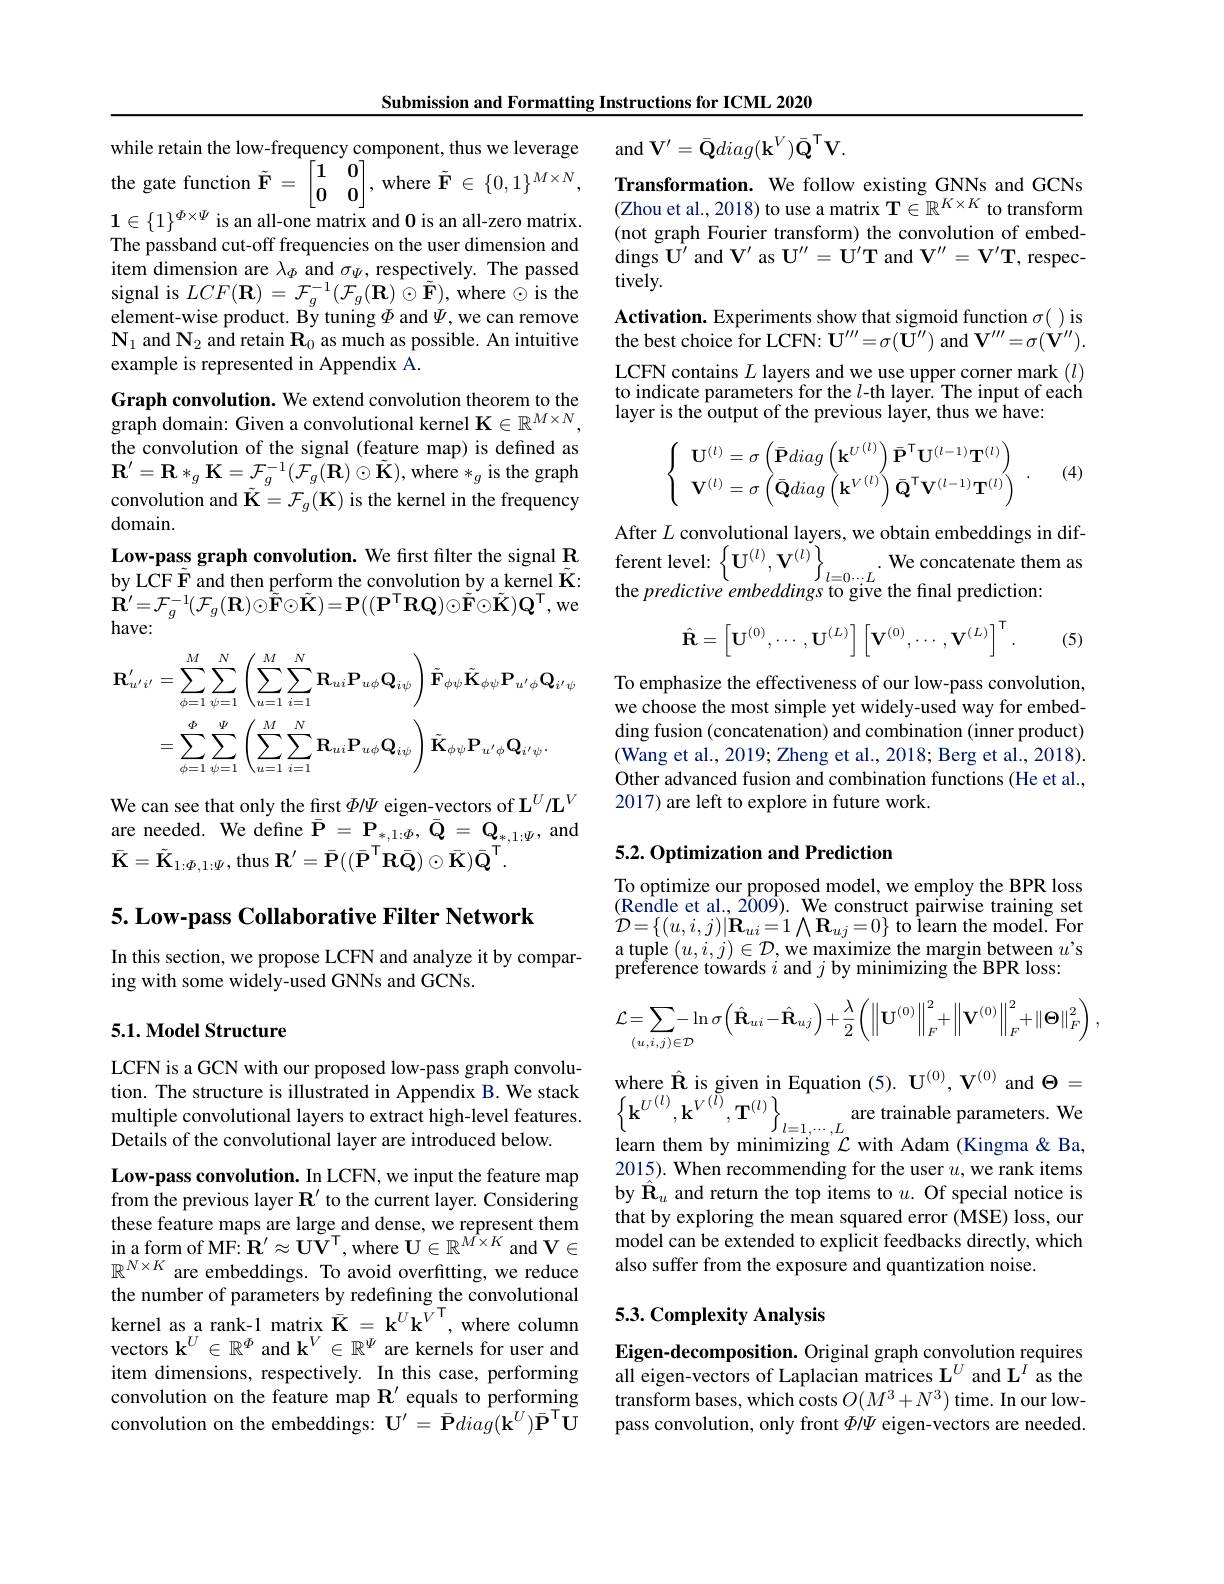
Submission and Formatting Instructions for ICML 2020

while retain the low-frequency component, thus we leverage he gate function $\tilde{\mathbf{F}}=\begin{bmatrix}1&0\\0&0\end{bmatrix}$, where $\tilde{\mathbf{F}}\in\{0,1\}^{M\times N}$, $1\in\{1\}^{\Phi\times\Psi}$ is an all-one matrix and 0 is an all-zero matrix. The passband cut-off frequencies on the user dimension and item dimension are $\lambda_\Phi$ and $\sigma_\Psi$, respectively. The passed signal is $LCF(\mathbf{R})=\mathcal{F}_{g}^{-1}(\mathcal{F}_{g}(\mathbf{R})\odot\tilde{\mathbf{F}})$,where $\odot$ is the element-wise product. By tuning $\Phi$ and $\Psi$, we can remove $\mathbf{N}_1$ and $\mathbf{N}_2$ and retain $\mathbf{R}_0$ as much as possible. An intuitive example is represented in Appendix A.
Graph convolution. We extend convolution theorem to the graph domain: Given a convolutional kernel K$\in\mathbb{R}^M\times N$, the convolution of the signal (feature map) is defined as $\mathbf{R}^{\prime}=\mathbf{R}*_{g}\mathbf{K}=\mathcal{F}_{g}^{-1}(\mathcal{F}_{g}(\mathbf{R})\odot\tilde{\mathbf{K}})$,where$*_g$is the graph convolution and $\tilde{\mathbf{K}}=\mathcal{F}_g(\mathbf{K})$ is the kernel in the frequency domain.
Low- pass graph convolution. We first filter the signal $\mathbf{R}$ ferent level: $\left \{ \mathbf{U} ^{( l) }, \mathbf{V} ^{( l) }\right \} _{l= 0\cdots L}.$ by LCF F and then perform the convolution by a kernel $\tilde{\mathbf{K} } :$ the predictive embeddings to give the final prediction:
$\begin{array}{l}{\dot{\mathbf{R}}^{\prime}=\mathcal{F}_{g}^{-1}(\mathcal{F}_{g}(\mathbf{R})\odot\tilde{\mathbf{F}}\odot\tilde{\mathbf{K}})=\mathbf{P}((\mathbf{P}^{\mathrm{T}}\mathbf{RQ})\odot\tilde{\mathbf{F}}\odot\tilde{\mathbf{K}})\mathbf{Q}^{\mathrm{T}},\mathrm{we}}\\{\mathrm{have:}}\end{array}$
$$\mathbf{R}_{u^{\prime}i^{\prime}}^{\prime}=\sum_{\phi=1}^{M}\sum_{\psi=1}^{N}\left(\sum_{u=1}^{M}\sum_{i=1}^{N}\mathbf{R}_{ui}\mathbf{P}_{u\phi}\mathbf{Q}_{i\psi}\right)\tilde{\mathbf{F}}_{\phi\psi}\tilde{\mathbf{K}}_{\phi\psi}\mathbf{P}_{u^{\prime}\phi}\mathbf{Q}_{i^{\prime}\psi}\\=\sum_{\phi=1}^{\Phi}\sum_{\psi=1}^{\Psi}\left(\sum_{u=1}^{M}\sum_{i=1}^{N}\mathbf{R}_{ui}\mathbf{P}_{u\phi}\mathbf{Q}_{i\psi}\right)\tilde{\mathbf{K}}_{\phi\psi}\mathbf{P}_{u^{\prime}\phi}\mathbf{Q}_{i^{\prime}\psi}.$$
We can see that only the first $\Phi/\Psi$ eigen-vectors of $\mathbf{L}^U/\mathbf{L}^V$ are needed. We define $\bar{\mathbf{P}}=\mathbf{P}_{*,1:\Phi},\bar{\mathbf{Q}}=\mathbf{Q}_{*,1:\Psi}$,and $\bar{\mathbf{K}}=\tilde{\mathbf{K}}_{1:\Phi,1:\Psi}$, thus $\mathbf{R}^\prime=\bar{\mathbf{P}}((\bar{\mathbf{P}}^{\mathsf{T}}\mathbf{R}\bar{\mathbf{Q}})\odot\bar{\mathbf{K}})\bar{\mathbf{Q}}^{\mathsf{T}}.$

5. Low-pass Collaborative Filter Network

In this section, we propose LCFN and analyze it by compar-
ing with some widely-used GNNs and GCNs.

### 5.1. Model Structure

LCFN is a GCN with our proposed low-pass graph convolution. The structure is illustrated in Appendix B. We stack multiple convolutional layers to extract high-level features. $\left\{\mathbf{k}^{U^{(l)},\mathbf{k}^{V^{(l)}},\mathbf{T}^{(l)}}\}_{l=1,\cdots,L}\right\}$ are trainable parameters. We Details of the convolutional layer are introduced below. learn them by minimizing $\mathcal{L}$ with Adam (Kingma&Ba,

Low-pass convolution. In LCFN, we input the feature map from the previous layer $\mathbf{R}^{\prime}$ to the current layer. Considering these feature maps are large and dense, we represent them in a form of MF: $\mathbf{R} ^{\prime }\approx \mathbf{U} \mathbf{V} ^{\mathrm{T} }$, where $\mathbf{U}\in\mathbb{R}^M\times K$ and V$\in$ $\mathbb{R}^{N\times K}$ are embeddings. To avoid overfitting, we reduce the number of parameters by redefining the convolutional kernel as a rank- 1 matrix $\bar{K}$= $k^Uk^{V^{T}}$, where column vectors $\mathbf{k}^U\in\mathbb{R}^\Phi$ and k$^V\in\mathbb{R}^\Psi$ are kernels for user and item dimensions, respectively. In this case, performing convolution on the feature map $\mathbf{R}^{\prime}$ equals to performing convolution on the embeddings: $\mathbf{U}^{\prime}=\bar{\mathbf{P}}diag(\mathbf{k}^{U})\bar{\mathbf{P}}^{\mathsf{T}}\mathbf{U}$

$\operatorname { and} \mathbf{V} ^{\prime }= \bar{\mathbf{Q} } diag( \mathbf{k} ^{V}) \bar{\mathbf{Q} } ^{\mathrm{T} }\mathbf{V} .$
Transformation. We follow existing GNNs and GCNs (Zhou et al., 2018) to use a matrix T$\in\mathbb{R}^K\times K$ to transform (not graph Fourier transform) the convolution of embeddings $U^{\prime }$ and $V^{\prime }$ as $U^{\prime \prime }$= $U^{\prime }$T and $V^{\prime \prime }$= $V^{\prime }$T, respec- tively.
Activation. Experiments show that sigmoid function $\sigma($ )is the best choice for LCFN: $\mathbf{U}^\prime\prime\prime=\sigma(\tilde{\mathbf{U}}^{\prime\prime})$ and $\mathbf{V}^\prime\prime\prime=\sigma(\dot{\mathbf{V}}^{\prime\prime}).$ LCFN contains $L$ layers and we use upper corner mark $(l)$ to indicate parameters for the $l$-th layer. The input of each layer is the output of the previous layer, thus we have:
$$\left\{\begin{array}{c}\mathbf{U}^{(l)}=\sigma\left(\bar{\mathbf{P}}diag\left(\mathbf{k}^{U}^{(l)}\right)\bar{\mathbf{P}}^{\mathsf{T}}\mathbf{U}^{(l-1)}\mathbf{T}^{(l)}\right)\\\mathbf{V}^{(l)}=\sigma\left(\bar{\mathbf{Q}}diag\left(\mathbf{k}^{V(l)}\right)\bar{\mathbf{Q}}^{\mathsf{T}}\mathbf{V}^{(l-1)}\mathbf{T}^{(l)}\right)\end{array}\right..$$
(4)

After $L$ convolutional layers, we obtain embeddings in dif-
$$\hat{\mathbf{R}}=\begin{bmatrix}\mathbf{U}^{(0)},\cdots,\mathbf{U}^{(L)}\end{bmatrix}\begin{bmatrix}\mathbf{V}^{(0)},\cdots,\mathbf{V}^{(L)}\end{bmatrix}^{\mathsf{T}}.$$
(5)

To emphasize the effectiveness of our low-pass convolution, we choose the most simple yet widely-used way for embedding fusion (concatenation) and combination (inner product) (Wang et al., 2019; Zheng et al., 2018; Berg et al., 2018). Other advanced fusion and combination functions (He et al., 2017) are left to explore in future work.

### 5.2. Optimization and Prediction

To optimize our proposed model, we employ the BPR loss (Rendle et al., 2009). We construct pairwise training set ${\grave{D}}=\{(u,i,j)|\mathbf{R}_{ui}=1\bigwedge\mathbf{R}_{uj}=0\}$ to learn the model. For a tuple $(u,i,j)\in\mathcal{D}$, we maximize the margin between $u^\prime$s preference towards $i$ and $j$ by minimizing the BPR loss:
$$\mathcal{L}=\sum\limits_{(u,i,j)\in\mathcal{D}}-\ln\sigma\left(\hat{\mathbf{R}}_{ui}-\hat{\mathbf{R}}_{uj}\right)+\frac{\lambda}{2}\left(\left\|\mathbf{U}^{(0)}\right\|_F^2+\left\|\mathbf{V}^{(0)}\right\|_F^2+\left\|\mathbf{\Theta}\right\|_F^2\right),$$
where $\hat{\mathbf{R}}$ is given in Equation (5). $\mathbf{U}^{(0)},\mathbf{V}^{(0)}$ and $\Theta=$ 2015). When recommending for the user $u$, we rank items by $\hat{\mathbf{R}}_u$ and return the top items to $u.$ Of special notice is that by exploring the mean squared error (MSE) loss, our model can be extended to explicit feedbacks directly, which also suffer from the exposure and quantization noise

### 5.3. Complexity Analysis

Eigen-decomposition. Original graph convolution requires all eigen-vectors of Laplacian matrices $\mathbf{L}^U$ and $\mathbf{L}^I$ as the transform bases, which costs $O(M^{3}+N^{3})$ time. In our lowpass convolution, only front $\Phi/\Psi$ eigen-vectors are needed